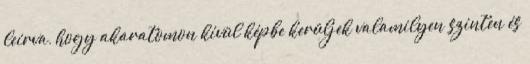
leírva, hogy akaratomon kívül képbe kerüljek valamilyen szinten és